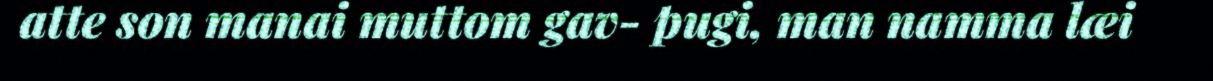
atte son manai muttom gav- pugi, man namma læi